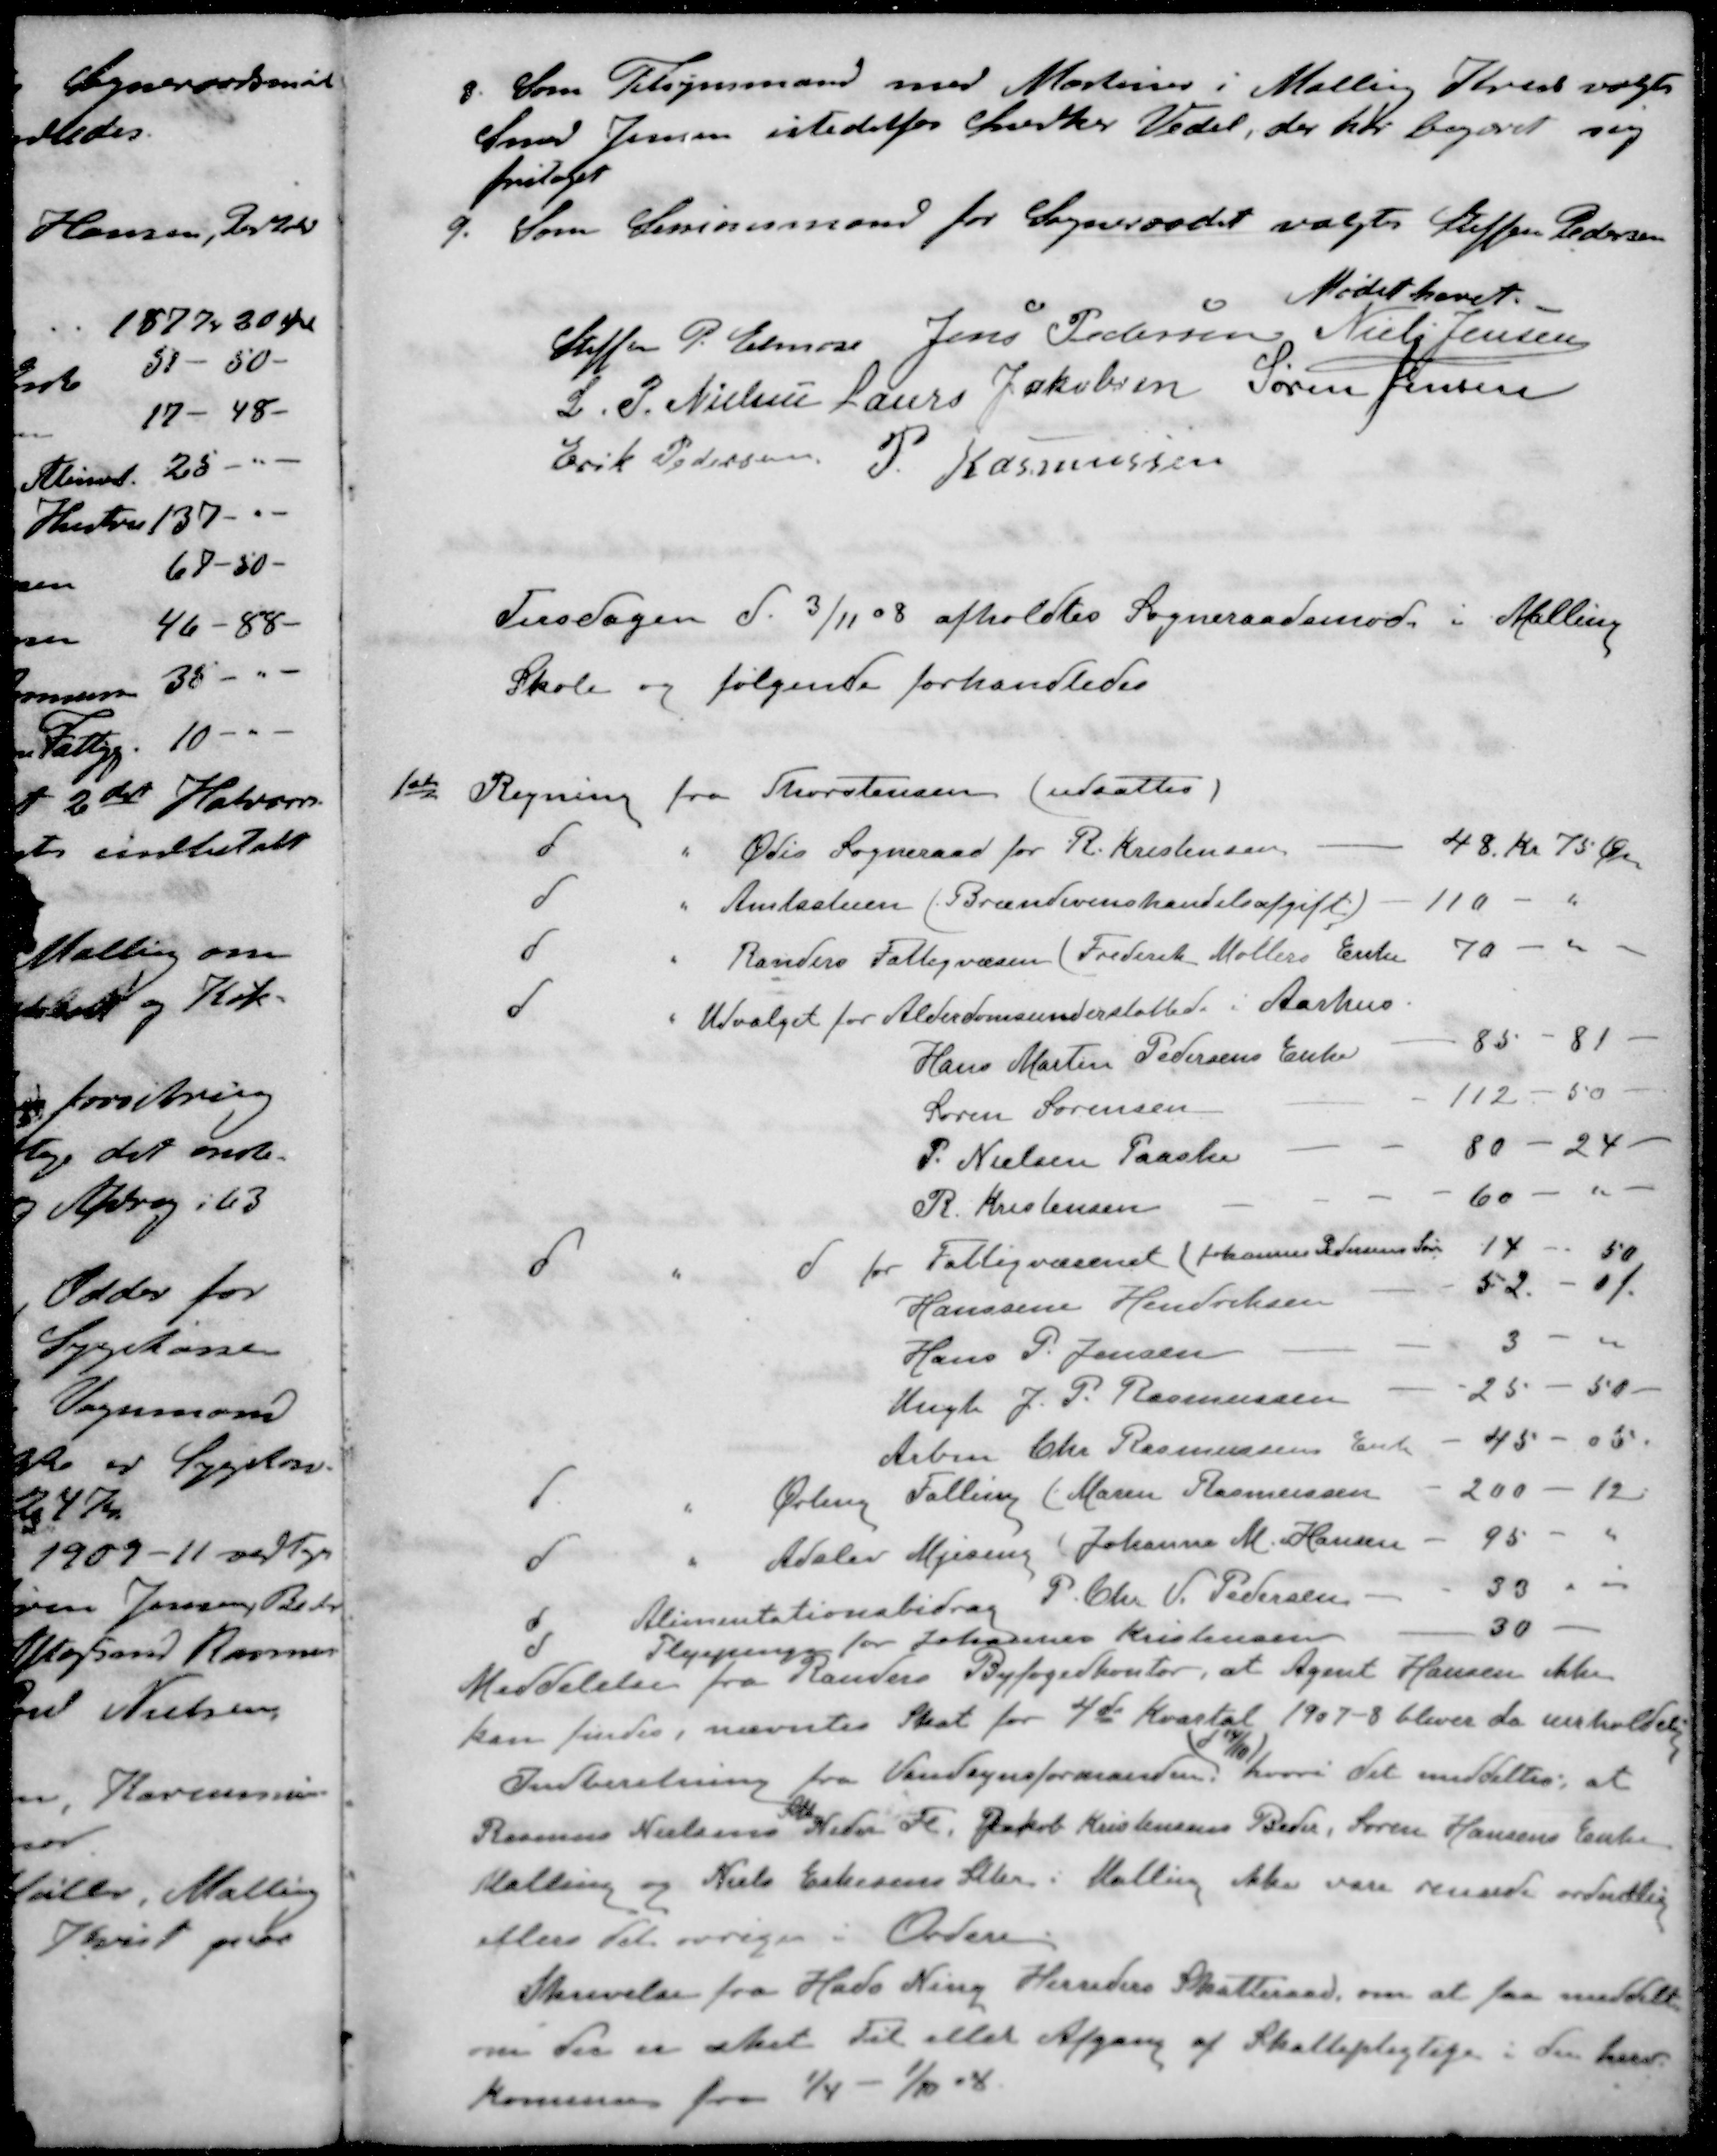
Transskription:
3. Som Tilsynsmand med Maskiner i Malling Kreds valgtes
Smed Jensen istedetfor Snedker Vedel, der har begæret sig
fritaget
9. Som Sessionsmand for Sogneraadet valgtes Steffen Pedersen
Mødet hævet.
Steffen P. Elmose
Jens Pedersen
Niels Jensen
L. P. Nielsen
Laurs Jakobsen
Søren Jensen
Erik Pedersen
P. Rasmussen
Tirsdagen d. 3/11 08 afholdtes Sogneraadsmøde i Malling
Skole og følgende forhandledes
1ste Regning fra Thorstensen (udsattes)
d " Ødis Sogneraad for R. Kristensen
48 Kr 75 Øre
d " Amtsstuen (Brændevinshandelsafgift)
110 -
d " Randers Fattigvæsen (Frederik Møllers Enke
70 - 
d " Udvalget for Alderdomsunderstøttede i Aarhus
Hans Martin Pedersens Enke
85 - 81.
Søren Sørensen
112 - 50
P. Nielsen Paaske
80 - 24
R. Kristensen
60 -
d " d for Fattigvæsenet (Johannes Pedersens Søn
14 - 50
Hanssine Hendriksen
52-01.
Hans P. Jensen
3 -
Ungk J. P. Rasmussen
25 - 50
Arbm Chr. Rasmussens Enke
45-05.
d " Ørling Falling (Maren Rasmussen
200 - 12
d " Adslev Mjesing (Johanne M. Hansen
95 -
d Alimentationsbidrag P. Chr. P. Pedersen
33
d Plejepenge for Johannes Kristensen
30
Meddelelse fra Randers Byfogedkontor, at Agent Hansen ikke
kan findes, nævntes Skat for 4de Kvartal 1907-8 bliver da uerholdelig
d 14/10
Indberetning fra Vandsynsformanden, hvori det meddeltes, at
Rasmus Nielsens Neder Fl Jakob Kristensens Beder, Søren Hansens Enke
Malling og Niels Eskesens  i Malling ikke vare rensede ordentlig
ellers det øvrige i Orden.
Skrivelse fra Hads Ning Herreders Skatteraad, om at faa meddelt
om der er sket Til eller Afgang af Skattepligtige i den herv
Kommune fra 1/4 - 1/1 - 8